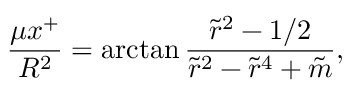
{ \frac { \mu x ^ { + } } { R ^ { 2 } } } = \arctan { \frac { \tilde { r } ^ { 2 } - 1 / 2 } { \tilde { r } ^ { 2 } - \tilde { r } ^ { 4 } + \tilde { m } } } ,